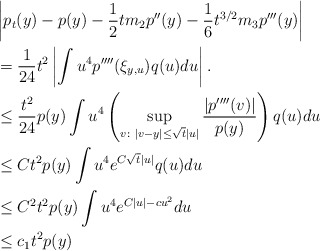
\begin{align*}&\left|p_t(y)-p(y)-\frac1{2}tm_2p''(y)-\frac1{6}t^{3/2}m_3p'''(y)\right|\\&=\frac1{24}t^2\left|\int u^4p''''(\xi_{y,u})q(u)du\right|.\\&\le \frac{t^2}{24}p(y)\int u^4\left(\sup_{v\colon |v-y|\le \sqrt{t}|u|}\frac{|p''''(v)|}{p(y)}\right)q(u)du\\&\le Ct^2p(y)\int u^4e^{C\sqrt{t}|u|}q(u)du\\&\le C^2t^2p(y)\int u^4e^{C|u|-cu^2}du\\&\le c_1t^2p(y)\end{align*}